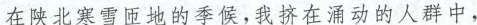
在决北家雪臣的，我挤在酒功内人群中，